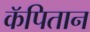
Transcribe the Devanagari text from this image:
कॅपितान